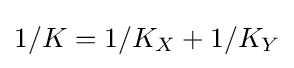
1/K=1/K_{X}+1/K_{Y}